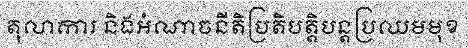
តុលាការ និងអំណាចនីតិប្រតិបត្តិបន្តប្រឈមមុខ